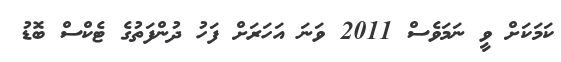
ކަމަކަށް ވީ ނަމަވެސް 2011 ވަނަ އަހަރަށް ފަހު ދުންފަތުގެ ޓެކްސް ބޮޑު